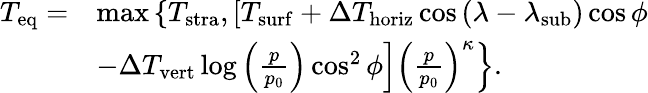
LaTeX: \begin{array}{rl}{T_{\mathrm{eq}}=}&{\operatorname*{max}\left\{ T_{\mathrm{stra}},\left[T_{\mathrm{surf}}+\Delta T_{\mathrm{horiz}}\cos\left(\lambda-\lambda_{\mathrm{sub}}\right)\cos\phi\right.\right.}\\ &{\left.\left.-\Delta T_{\mathrm{vert}}\log\left(\frac{p}{p_{0}}\right)\cos^{2}\phi\right]\left(\frac{p}{p_{0}}\right)^{\kappa}\right\} .}\end{array}